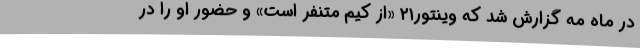
در ماه مه گزارش شد که وینتور۲۱ «از کیم متنفر است» و حضور او را در